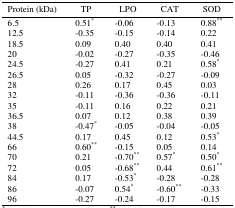
<table><thead><tr><td><b>Protein (kDa)</b></td><td><b>TP</b></td><td><b>LPO</b></td><td><b>CAT</b></td><td><b>SOD</b></td></tr></thead><tbody><tr><td>6.5</td><td> 0.51*</td><td> -0.06</td><td> -0.13</td><td> 0.88**</td></tr><tr><td>12.5</td><td> -0.35</td><td> -0.15</td><td> -0.14</td><td> 0.22</td></tr><tr><td>18.5</td><td> 0.09</td><td> 0.40</td><td> 0.40</td><td> 0.41</td></tr><tr><td>20</td><td> -0.02</td><td> -0.27</td><td> -0.35</td><td> -0.46</td></tr><tr><td>24.5</td><td> -0.27</td><td> 0.41</td><td> 0.21</td><td> 0.58*</td></tr><tr><td>26.5</td><td> 0.05</td><td> -0.32</td><td> -0.27</td><td> -0.09</td></tr><tr><td>28</td><td> 0.26</td><td> 0.17</td><td> 0.45</td><td> 0.03</td></tr><tr><td>32</td><td> -0.11</td><td> -0.36</td><td> -0.36</td><td> -0.11</td></tr><tr><td>35</td><td> -0.11</td><td> 0.16</td><td> 0.22</td><td> 0.21</td></tr><tr><td>36.5</td><td> 0.07</td><td> 0.12</td><td> 0.38</td><td> 0.39</td></tr><tr><td>38</td><td> -0.47*</td><td> -0.05</td><td> -0.04</td><td> -0.05</td></tr><tr><td>44.5</td><td> 0.17</td><td> 0.45</td><td> 0.12</td><td> 0.53*</td></tr><tr><td>66</td><td> 0.60**</td><td> -0.15</td><td> 0.05</td><td> 0.14</td></tr><tr><td>70</td><td> 0.21</td><td> -0.70**</td><td> 0.57*</td><td> 0.50*</td></tr><tr><td>72</td><td> 0.05</td><td> -0.68**</td><td> 0.44</td><td> 0.61**</td></tr><tr><td>84</td><td> 0.17</td><td> -0.53*</td><td> -0.28</td><td> -0.28</td></tr><tr><td>86</td><td> -0.07</td><td> 0.54*</td><td> -0.60**</td><td> -0.33</td></tr><tr><td>96</td><td> -0.27</td><td> -0.24</td><td> -0.17</td><td> -0.15</td></tr></tbody></table>